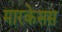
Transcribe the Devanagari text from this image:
मारकेसस